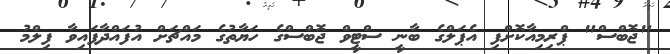
"ޖޮބްސް" ޕްރިމިއާކޮށްފި އެޕަލްގެ ބާނީ ސްޓީވް ޖޮބްސްގެ ހަޔާތުގެ މައްޗަށް އުފައްދާފައިވާ ފިލްމު